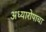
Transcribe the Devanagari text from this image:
अध्यारोपाचा